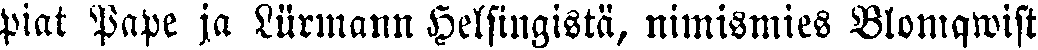
piat Pape ja Lürmann Helsingistä, nimismies Blomqwist